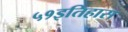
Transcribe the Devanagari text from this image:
५१इतिहास